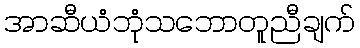
အာဆီယံဘုံသဘောတူညီချက်